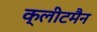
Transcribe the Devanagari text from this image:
क्लीटमैन